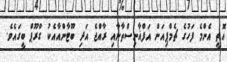
އޮތީ އެންމެ ފަހުގެ ޗެމްޕިއަން އަފްޣާނިސްތާނާއި ރާއްޖެ އަދި ބޫޓާންއާއެކު ގްރޫޕް ބީގައެވެ.